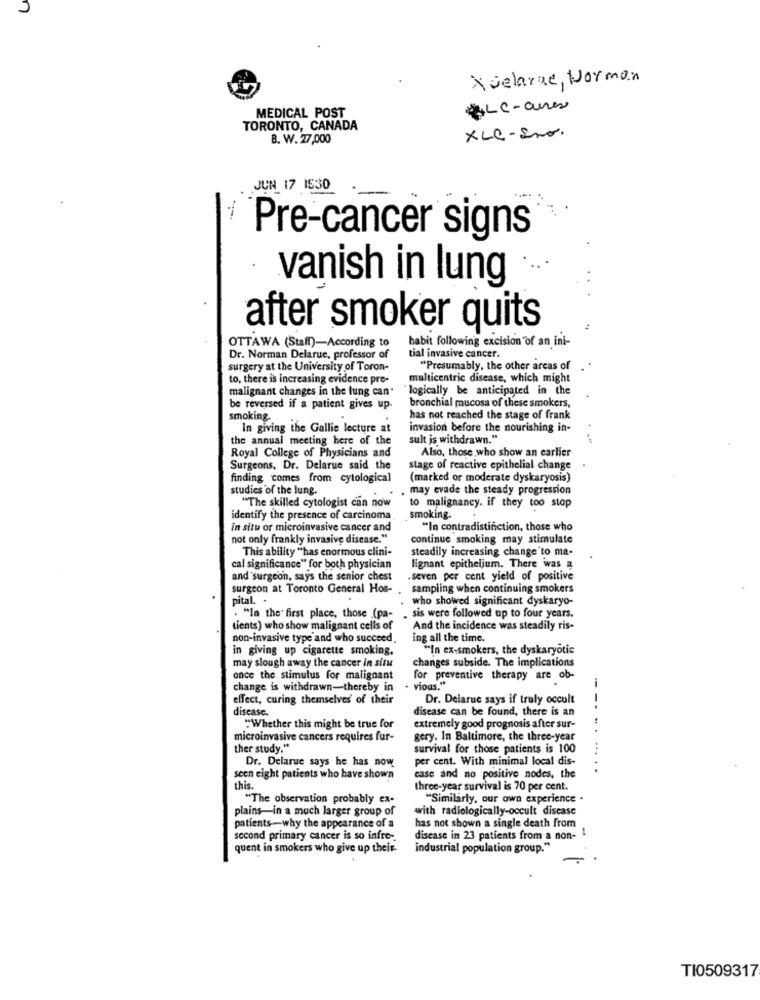
Xvelare, Norman
MEDICAL POST
*LC-aires
TORONTO, CANADA
B. W. 27,000
XLC-Ino.
JUN 17 15:30
Pre-cancer signs
vanish in lung
after smoker quits
OTTAWA (Staff)-According to
habit following excision of an ini-
Dr. Norman Delarue, professor of
tial invasive cancer.
surgery at the University of Toron-
"Presumably, the other areas of
to, there is increasing evidence pre-
multicentric disease, which might
malignant changes in the lung can.
"logically be anticipated in the
bronchial mucosa of these smokers,
be reversed if a patient gives up-
smoking.
has not reached the stage of frank
In giving the Gallie lecture at
invasion before the nourishing in-
the annual meeting here of the
sult js withdrawn."
Royal College of Physicians and
Also, those who show an earlier
Surgeons, Dr. Delarue said the
stage of reactive epithelial change
finding comes from cytological
(marked or moderate dyskaryosis)
studies of the lung.
may evade the steady progression
to malignancy. if they too stop
"The skilled cytologist can now
identify the presence of carcinoma
smoking.
in situ or microinvasive cancer and
"In contradistinction, those who
not only frankly invasive disease."
continue smoking may stimulate
This ability "has enormous elini-
steadily increasing change to ma-
cal significance" for both physician
lignant epithelium. There was a
and surgeon, says the senior chest
.seven per cent yield of positive
surgeon at Toronto General Hos-
sampling when continuing smokers
pital. .
who showed significant dyskaryo-
. "In the first place, those (pa-
sis were followed up to four years.
tients) who show malignant cells of
And the incidence was steadily ris-
non-invasive type and who succeed
ing all the time.
in giving up cigarette smoking,
"In ex-smokers, the dyskaryotic
changes subside. The implications
may slough away the cancer in situ
once the stimulus for malignant
for preventive therapy are ob-
change is withdrawn-thereby in
vious.".
effect, curing themselves' of their
Dr. Delarue says if truly occult
- --
disease.
disease can be found, there is an
"Whether this might be true for
extremely good prognosis after sur-
microinvasive cancers requires fur-
gery. In Baltimore, the three-year
ther study."
survival for those patients is 100
.....
Dr. Delarue says he has now
per cent. With minimal local dis-
seen eight patients who have shown
case and no positive nodes, the
this.
three-year survival is 70 per cent.
"The observation probably ex-
"Similarly, our own experience .
plains-in a much larger group of
wwith radiologically-occult disease
patients-why the appearance of a
has not shown a single death from
second primary cancer is so infre-
disease in 23 patients from a non-
quent in smokers who give up their-
industrial population group."
TI0509317